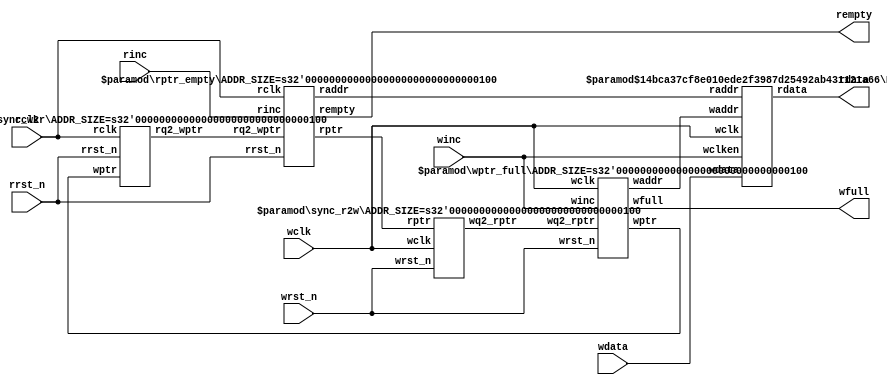
module AsyncFIFO # (
    parameter   ADDR_SIZE = 4,
    parameter   DATA_SIZE = 16
    )
(
    input       [ DATA_SIZE - 1: 0 ]    wdata,
    input                               winc,
    input                               wclk,
    input                               wrst_n,
    input                               rinc,
    input                               rclk,
    input                               rrst_n,
    output      [ DATA_SIZE - 1: 0 ]    rdata,
    output                              wfull,
    output                              rempty
    );
    
    wire        [ ADDR_SIZE - 1: 0 ]     waddr, raddr;
    wire        [ ADDR_SIZE    : 0 ]     wptr, rptr, wq2_rptr, rq2_wptr;
    
    
    sync_r2w # (
    .ADDR_SIZE ( ADDR_SIZE )
)
    I1_sync_r2w (
        .rptr       ( rptr      ),
        .wclk       ( wclk      ),
        .wrst_n     ( wrst_n    ),
        .wq2_rptr   ( wq2_rptr  )
    );
    
    
    sync_w2r # (
    .ADDR_SIZE ( ADDR_SIZE )
)
    I2_sync_w2r (
        .wptr       ( wptr      ),
        .rclk       ( rclk      ),
        .rrst_n     ( rrst_n    ),
        .rq2_wptr   ( rq2_wptr  )
    );
    
    
    DualRAM # (

    .ADDR_SIZE ( ADDR_SIZE ),           // FIFO
    .DATA_SIZE ( DATA_SIZE )            // 
    )
        I3_DualRAM (
        .wclken     ( winc      ),      // 
        .wclk       ( wclk      ),      // 
        .raddr      ( raddr     ),      // 
        .waddr      ( waddr     ),      // 
        .wdata      ( wdata     ),      // RAM
        .rdata      ( rdata     )       // RAM
    );
    
    
    rptr_empty # (
    .ADDR_SIZE ( ADDR_SIZE )
    )
        I4_rptr_empty (
        .rclk       ( rclk      ),
        .rinc       ( rinc      ),
        .rrst_n     ( rrst_n    ),    
        .rq2_wptr   ( rq2_wptr  ),
        .rempty     ( rempty    ),
        .raddr      ( raddr     ),      // RAM
        .rptr       ( rptr      )        //     
    );
    
    
    wptr_full# (
   .ADDR_SIZE ( ADDR_SIZE )
    )
       I5_wptr_full  (
        .wclk       ( wclk      ),
        .winc       ( winc      ),
        .wrst_n     ( wrst_n    ),    
        .wq2_rptr   ( wq2_rptr  ),
        .wfull      ( wfull     ),
        .waddr      ( waddr     ),      // RAM
        .wptr       ( wptr      )        //      
    );
    
endmodule


module DualRAM #(
parameter           ADDR_SIZE = 4,
parameter           DATA_SIZE = 16      // 
)(
input                       wclken,
input                       wclk,
input  [ADDR_SIZE - 1: 0]   raddr,
input  [ADDR_SIZE - 1: 0]   waddr,
input  [DATA_SIZE - 1: 0]   wdata,
output [DATA_SIZE - 1: 0]   rdata
);

localparam RAM_DEPTH = 1 << ADDR_SIZE;   // RAM

reg [DATA_SIZE-1: 0] mem [0:RAM_DEPTH-1];// 

always @ ( posedge wclk ) begin
if ( wclken == 1'b1 ) begin 
mem[ waddr ] <= wdata;           // 
end

else begin
mem[ waddr ] <= mem[ waddr ];    // 
end
end

assign      rdata   =  mem [ raddr ];    // 
endmodule


module rptr_empty # (
    parameter   ADDR_SIZE = 4
)
(
    input                           rclk,
    input                           rinc,       // 
    input                           rrst_n,
    input       [ ADDR_SIZE    :0 ] rq2_wptr,   // 
    output reg                      rempty,
    output      [ ADDR_SIZE - 1:0 ] raddr,      // RAM
    output reg  [ ADDR_SIZE    :0 ] rptr        // :    
    );
    
    reg     [ ADDR_SIZE: 0 ]    rbin;           // 
    wire    [ ADDR_SIZE: 0 ]    rgraynext, rbinnext;    // 
    wire                        rempty_val;
    
    //----------  -------------//
    
    always @ ( posedge rclk or negedge rrst_n ) begin
        if ( !rrst_n ) begin
            rbin <= 0;
            rptr <= 0;
        end
        else begin
            rbin <= rbinnext;       // 
            rptr <= rgraynext;      // 
        end 
    end
    
    // 
    assign rbinnext = !rempty ? ( rbin + rinc ): rbin;      //  FIFO    FIFO
    assign rgraynext = ( rbinnext >> 1 ) ^ ( rbinnext );    // 
    assign raddr = rbin[ ADDR_SIZE - 1: 0 ];                //  RAM
    
    // FIFO 
    assign rempty_val = ( rgraynext == rq2_wptr );          // 
    
    
    // rempty
    always @ ( posedge rclk or negedge rrst_n ) begin
        if ( !rrst_n )
            rempty <= 1'b1;                 // FIFO
        else
            rempty <= rempty_val;           //  rempty_val
    end
    
endmodule

module sync_r2w # (
    parameter       ADDR_SIZE = 4
)
(
    input       [ ADDR_SIZE: 0 ]    rptr,       // 
    input                           wclk,       // 
    input                           wrst_n,     // 
    output  reg [ ADDR_SIZE: 0 ]    wq2_rptr    // 
    );
    
    reg [ ADDR_SIZE: 0 ]    wq1_rptr;           // 
    
    // D
    always @ ( posedge wclk or negedge wrst_n ) begin
        if ( !wrst_n )
            { wq2_rptr, wq1_rptr } <= 0;
        else                                                    // 
            { wq2_rptr, wq1_rptr } <= { wq1_rptr, rptr };       // 
    end
    
endmodule

// 
module sync_w2r # (
    parameter       ADDR_SIZE = 4
)
(
    input       [ ADDR_SIZE: 0 ]    wptr,       // 
    input                           rclk,
    input                           rrst_n,
    output  reg [ ADDR_SIZE: 0 ]    rq2_wptr    // 
    );
    
    reg [ ADDR_SIZE: 0 ]    rq1_wptr;           // 
    
    // D
    always @ ( posedge rclk or negedge rrst_n ) begin
        if ( !rrst_n )
            { rq2_wptr, rq1_wptr } <= 0;
        else
            { rq2_wptr, rq1_wptr } <= { rq1_wptr, wptr };       // 
    end
    
endmodule

module wptr_full# (
    parameter   ADDR_SIZE = 4
)
(
    input                           wclk,
    input                           winc,
    input                           wrst_n,
    input       [ ADDR_SIZE    :0 ] wq2_rptr,
    output reg                      wfull,
    output      [ ADDR_SIZE - 1:0 ] waddr,      // RAM
    output reg  [ ADDR_SIZE    :0 ] wptr        //     
    );
    
    reg     [ ADDR_SIZE: 0 ]    wbin;           // 
    wire    [ ADDR_SIZE: 0 ]    wgraynext, wbinnext;    // 
    wire                        wfull_val;
    
    //----------  -------------//
    
    always @ ( posedge wclk or negedge wrst_n ) begin
        if ( !wrst_n ) begin
            wbin <= 0;
            wptr <= 0;
        end
        else begin
            wbin <= wbinnext;
            wptr <= wgraynext;
        end 
    end
    
    // 
    assign wbinnext = !wfull ? ( wbin + winc ): wbin;
    assign wgraynext = ( wbinnext >> 1 ) ^ ( wbinnext );
    assign waddr = wbin[ ADDR_SIZE - 1: 0 ];
    
    // FIFO 
    assign wfull_val = ( wgraynext == { ~wq2_rptr [ ADDR_SIZE: ADDR_SIZE - 1 ], wq2_rptr [ ADDR_SIZE-2: 0 ] } );//
    
    always @ ( posedge wclk or negedge wrst_n ) begin
        if ( !wrst_n )
            wfull <= 1'b0;
        else
            wfull <= wfull_val;
    end
endmodule